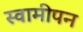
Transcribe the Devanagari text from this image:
स्वामीपन